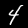
Label: 4